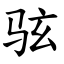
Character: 𫠊